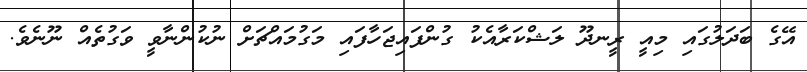
އޭގެ ބަދަލުގައި މިއީ ރީނދޫ ލަޝްކަރާއެކު ގުންފައިޖަހާފައި މަގުމައްޗަށް ނުކުންނާވީ ވަގުތެއް ނޫނެވެ.